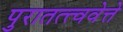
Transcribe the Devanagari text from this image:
पुरातत्त्ववेत्ते